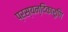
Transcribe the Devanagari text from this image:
प्रस्यन्दिकारुणि